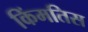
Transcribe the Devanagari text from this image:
किंमतिस